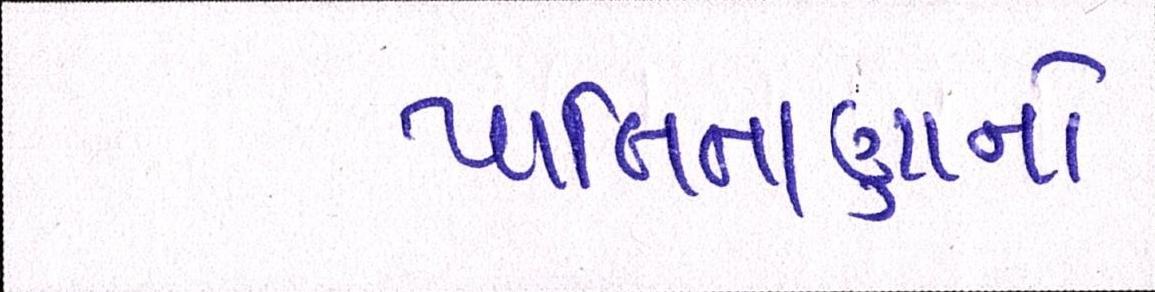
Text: પાલિતાણાનો